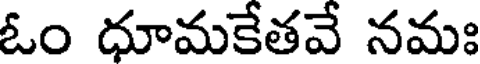
ఓం ధూమకేతవే నమః